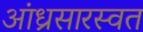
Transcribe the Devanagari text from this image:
आंध्रसारस्वत